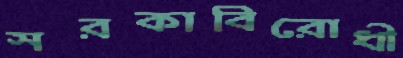
সরকাবিরোধী